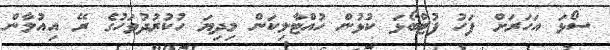
ސޯޅަ އަހަރަށް ފަހު ފުޓްބޯޅަ ކުޅުން ހުއްޓާލިކަން މިދިޔަ ހުކުރުދުވަހުގެ ރޭ އިއުލާން